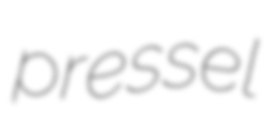
pressel